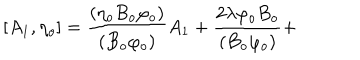
LaTeX: \lbrack A _ { 1 } , \eta _ { o } ] = \frac { ( \eta _ { o } B _ { o } \varphi _ { o } ) } { ( B _ { o } \varphi _ { o } ) } A _ { 1 } ^ { { } } + \frac { 2 \lambda \varphi _ { o } B _ { o } } { ( B _ { o } \varphi _ { o } ) } +